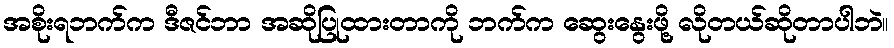
အစိုးရဘက်က ဒီဇင်ဘာ အဆိုပြုထားတာကို ဘက်က ဆွေးနွေးဖို့ လိုတယ်ဆိုတာပါဘဲ။